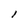
Character: l